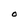
Character: O